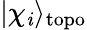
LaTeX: |\chi_{\mathit{i}}\rangle_{\mathrm{{topo}}}